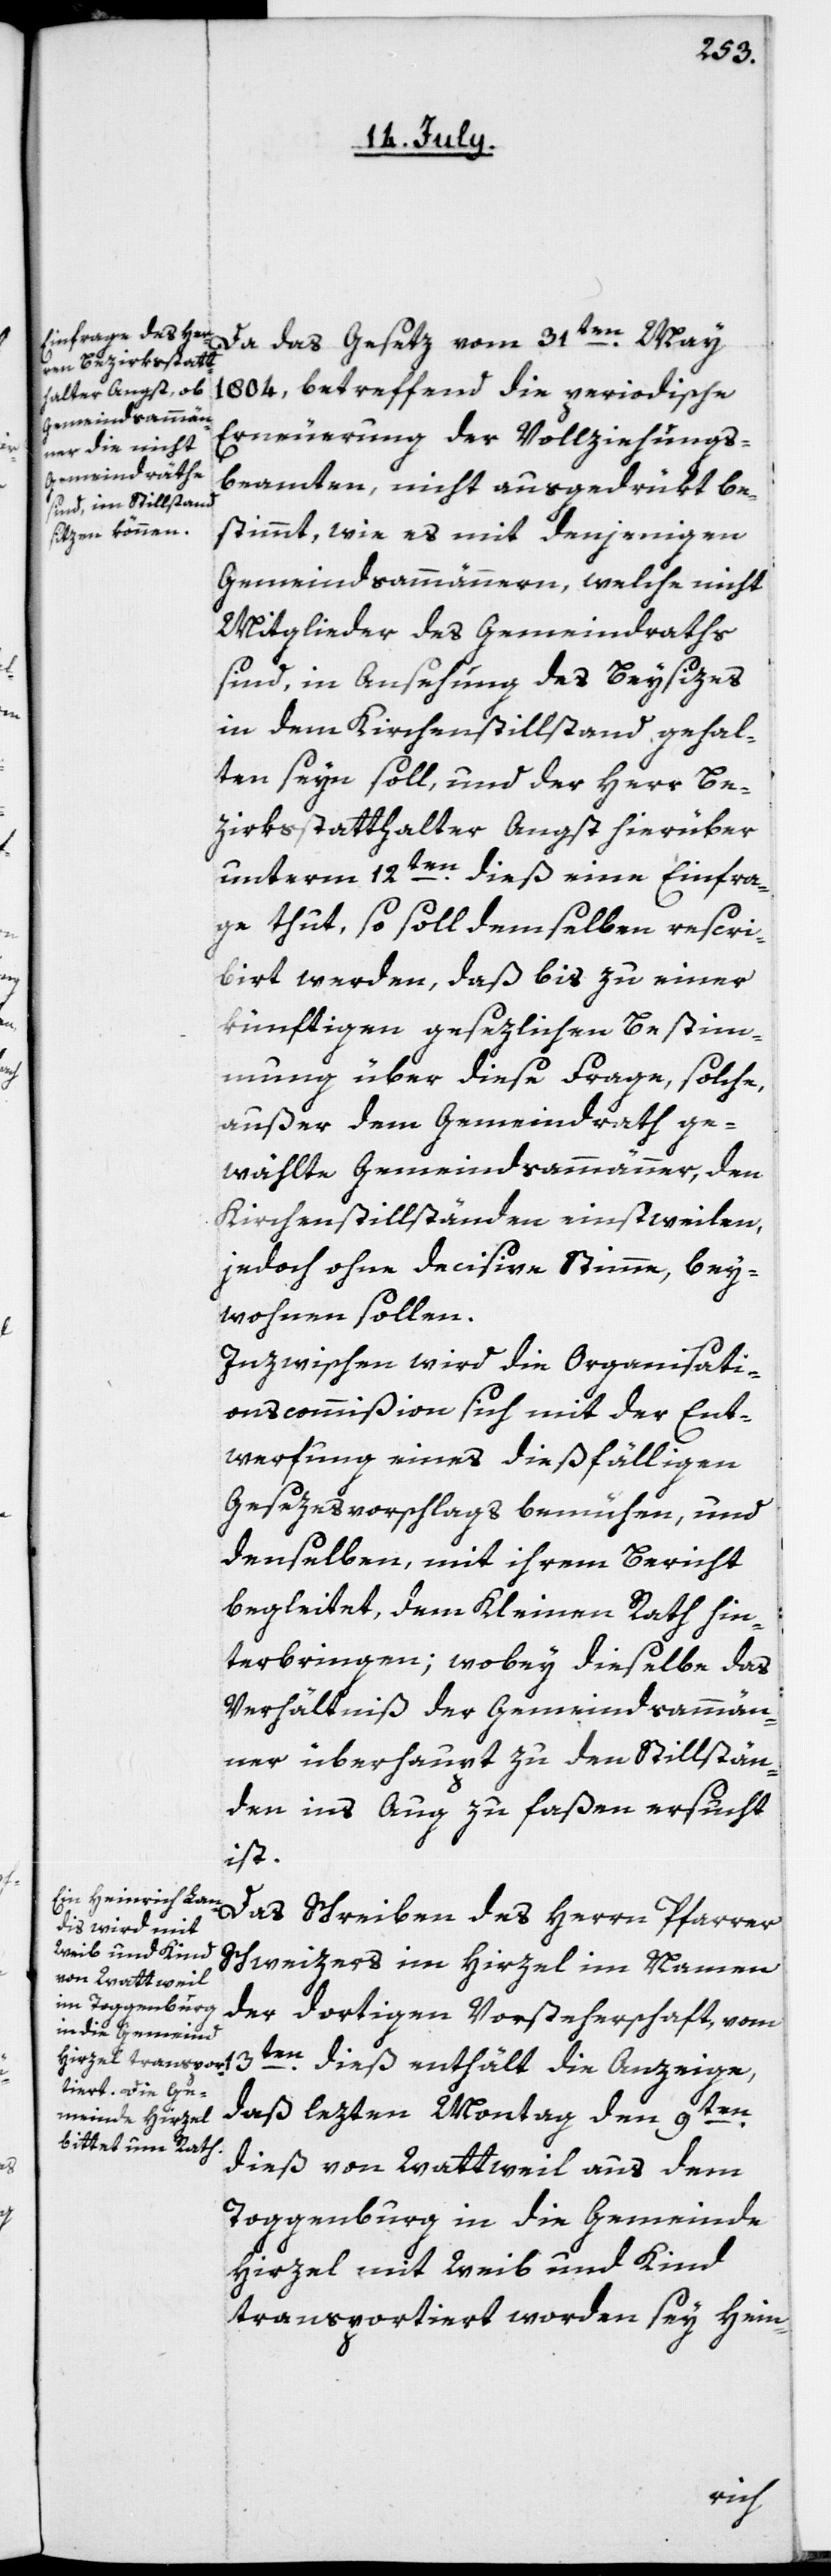
Da das Gesetz vom 31ten May
1804, betreffend die periodische
Erneuerung der Vollziehungs¬
beamten, nicht ausgedrükt be¬
stimmt, wie es mit denjenigen
Gemeindsammännern, welche nicht
Mitglieder des Gemeindraths
sind, in Ansehung des Beysizes
in dem Kirchenstillstand gehal¬
ten seyn soll, und der Herr Be¬
zirksstatthalter Angst hierüber
unterm 12ten dieß eine Einfra¬
ge thut, so soll demselben rescri¬
birt werden, daß bis zu einer
künftigen gesezlichen Bestim¬
mung über diese Frage, solche,
außer dem Gemeindrath ge¬
wählte Gemeindsammänner, den
Kirchenstillständen einstweilen,
jedoch ohne decisive Stimme, bey¬
wohnen sollen.
Inzwischen wird die Organisati¬
onscommißion sich mit der Ent¬
werfung eines dießfälligen
Gesezesvorschlags bemühen, und
denselben mit ihrem Bericht
begleitet, dem Kleinen Rath hin¬
terbringen; wobey dieselbe das
Verhältniß der Gemeindsammän¬
ner überhaupt zu den Stillstän¬
den ins Aug zu faßen ersucht
ist.
Das Schreiben des Herrn Pfarrer
Schweizers im Hirzel im Namen
der dortigen Vorsteherschaft, vom
13ten dieß, enthält die Anzeige,
daß lezten Montag den 9ten
dieß von Wattweil aus dem
Toggenburg, in die Gemeinde
Hirzel mit Weib und Kind
transportiert worden sey Hein-